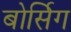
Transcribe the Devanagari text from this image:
बोर्सिग